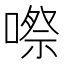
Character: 㗫